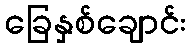
ခြေနှစ်ချောင်း